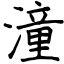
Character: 潼